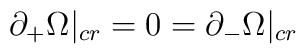
\partial_+ \Omega |_{cr} =0=\partial_-\Omega |_{cr}